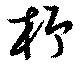
杼